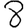
Digit: 8